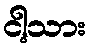
ငါ့သား